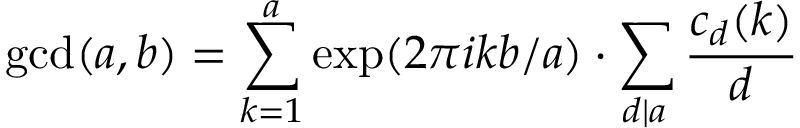
\operatorname* { g c d } ( a , b ) = \sum _ { k = 1 } ^ { a } \exp ( 2 \pi i k b / a ) \cdot \sum _ { d \left| a \right. } { \frac { c _ { d } ( k ) } { d } }